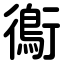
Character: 鵆